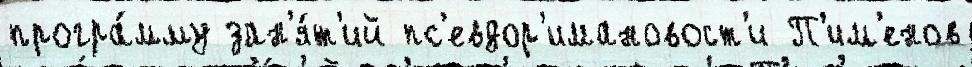
програ́мму зан'я́т'ий пс'евдор'имановост'и П'им'енов